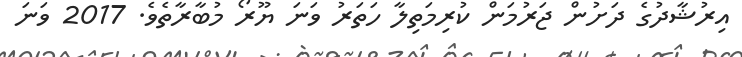
އިރުޝާދުގެ ދަށުން ޖަރުމަން ކުރިމަތިލާ ހަތަރު ވަނަ ޔޫރޯ މުބާރާތެވެ. 2017 ވަނަ